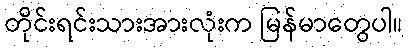
တိုင်းရင်းသားအားလုံးက မြန်မာတွေပါ။